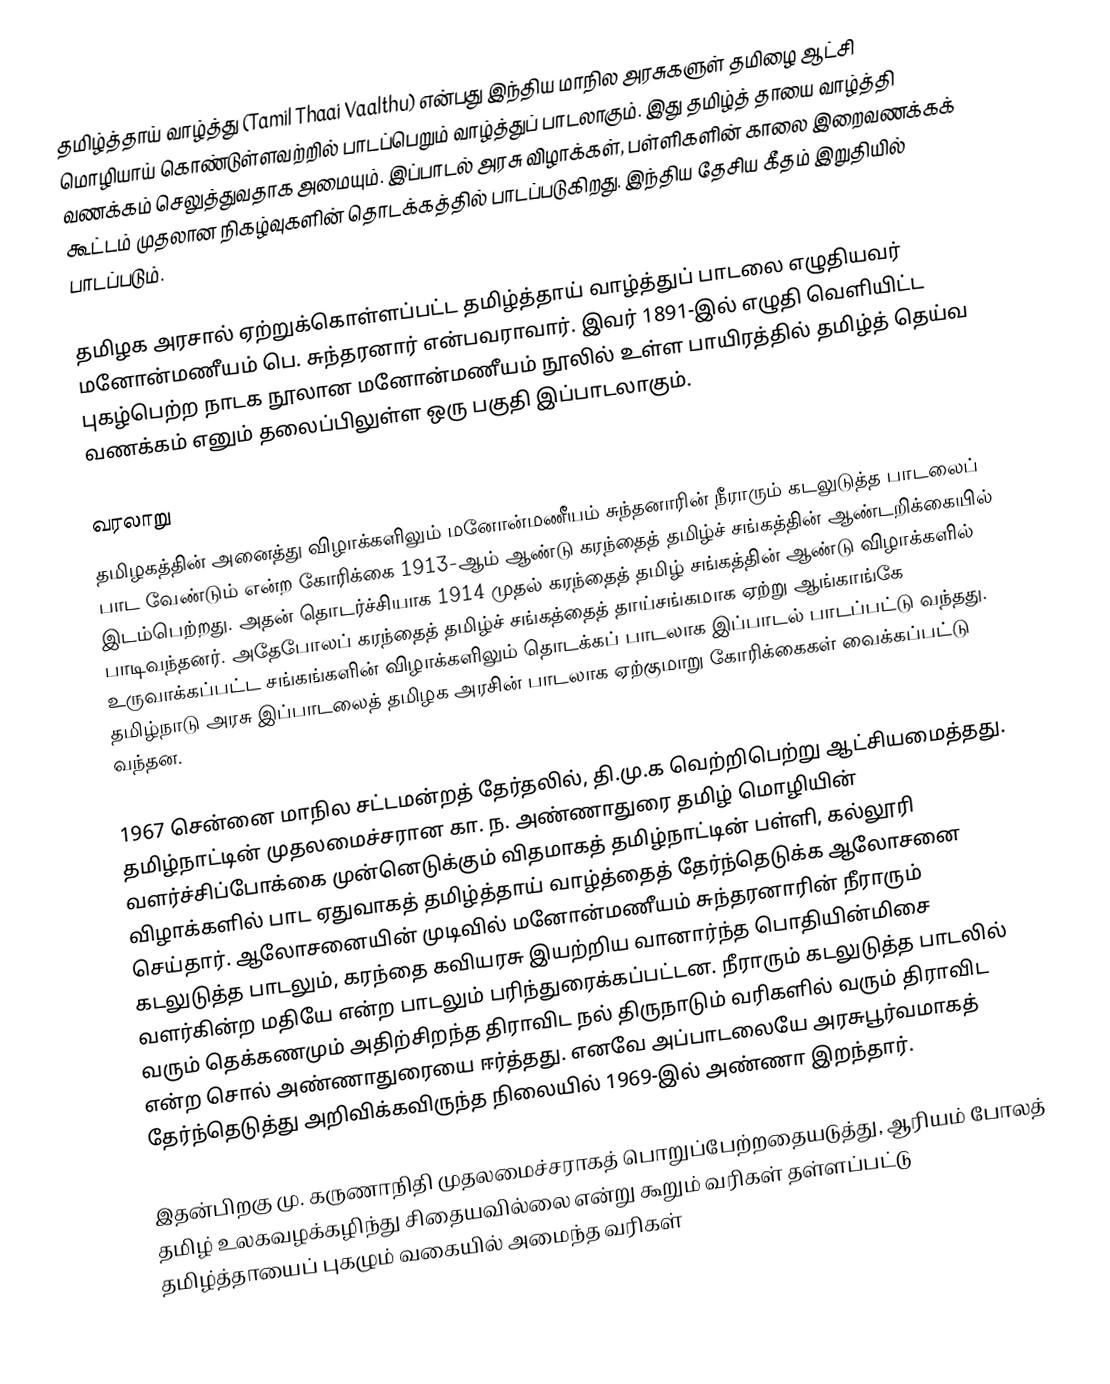
தமிழ்த்தாய் வாழ்த்து (Tamil Thaai Vaalthu) என்பது இந்திய மாநில அரசுகளுள் தமிழை ஆட்சி மொழியாய் கொண்டுள்ளவற்றில் பாடப்பெறும் வாழ்த்துப் பாடலாகும். இது தமிழ்த் தாயை வாழ்த்தி வணக்கம் செலுத்துவதாக அமையும். இப்பாடல் அரசு விழாக்கள், பள்ளிகளின் காலை இறைவணக்கக் கூட்டம் முதலான நிகழ்வுகளின் தொடக்கத்தில் பாடப்படுகிறது. இந்திய தேசிய கீதம் இறுதியில் பாடப்படும்.

தமிழக அரசால் ஏற்றுக்கொள்ளப்பட்ட தமிழ்த்தாய் வாழ்த்துப் பாடலை எழுதியவர் மனோன்மணீயம் பெ. சுந்தரனார் என்பவராவார். இவர் 1891-இல் எழுதி வெளியிட்ட புகழ்பெற்ற நாடக நூலான மனோன்மணீயம் நூலில் உள்ள பாயிரத்தில் தமிழ்த் தெய்வ வணக்கம் எனும் தலைப்பிலுள்ள ஒரு பகுதி இப்பாடலாகும்.

வரலாறு
தமிழகத்தின் அனைத்து விழாக்களிலும் மனோன்மணீயம் சுந்தனாரின் நீராரும் கடலுடுத்த பாடலைப் பாட வேண்டும் என்ற கோரிக்கை 1913-ஆம் ஆண்டு கரந்தைத் தமிழ்ச் சங்கத்தின் ஆண்டறிக்கையில் இடம்பெற்றது. அதன் தொடர்ச்சியாக 1914 முதல் கரந்தைத் தமிழ் சங்கத்தின் ஆண்டு விழாக்களில் பாடிவந்தனர். அதேபோலப் கரந்தைத் தமிழ்ச் சங்கத்தைத் தாய்சங்கமாக ஏற்று ஆங்காங்கே உருவாக்கப்பட்ட சங்கங்களின் விழாக்களிலும் தொடக்கப் பாடலாக இப்பாடல் பாடப்பட்டு வந்தது. தமிழ்நாடு அரசு இப்பாடலைத் தமிழக அரசின் பாடலாக ஏற்குமாறு கோரிக்கைகள் வைக்கப்பட்டு வந்தன.

1967 சென்னை மாநில சட்டமன்றத் தேர்தலில், தி.மு.க வெற்றிபெற்று ஆட்சியமைத்தது. தமிழ்நாட்டின் முதலமைச்சரான கா. ந. அண்ணாதுரை தமிழ் மொழியின் வளர்ச்சிப்போக்கை முன்னெடுக்கும் விதமாகத் தமிழ்நாட்டின் பள்ளி, கல்லூரி விழாக்களில் பாட ஏதுவாகத் தமிழ்த்தாய் வாழ்த்தைத் தேர்ந்தெடுக்க ஆலோசனை செய்தார். ஆலோசனையின் முடிவில் மனோன்மணீயம் சுந்தரனாரின் நீராரும் கடலுடுத்த பாடலும், கரந்தை கவியரசு இயற்றிய வானார்ந்த பொதியின்மிசை வளர்கின்ற மதியே என்ற பாடலும் பரிந்துரைக்கப்பட்டன. நீராரும் கடலுடுத்த பாடலில் வரும் தெக்கணமும் அதிற்சிறந்த திராவிட நல் திருநாடும் வரிகளில் வரும் திராவிட என்ற சொல் அண்ணாதுரையை ஈர்த்தது. எனவே அப்பாடலையே அரசுபூர்வமாகத் தேர்ந்தெடுத்து அறிவிக்கவிருந்த நிலையில் 1969-இல் அண்ணா இறந்தார்.

இதன்பிறகு மு. கருணாநிதி முதலமைச்சராகத் பொறுப்பேற்றதையடுத்து, ஆரியம் போலத் தமிழ் உலகவழக்கழிந்து சிதையவில்லை என்று கூறும் வரிகள் தள்ளப்பட்டு தமிழ்த்தாயைப் புகழும் வகையில் அமைந்த வரிகள்